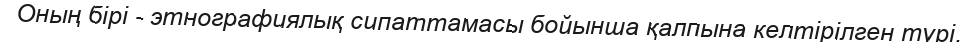
Оның бірі - этнографиялық сипаттамасы бойынша қалпына келтірілген түрі.